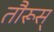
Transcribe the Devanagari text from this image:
तौरूस्